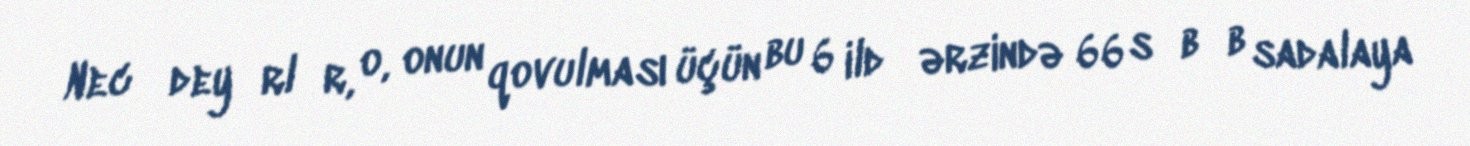
Necә deyәrlәr, o, onun qovulması üçün bu 6 ildә ərzində 66 sәbәb sadalaya